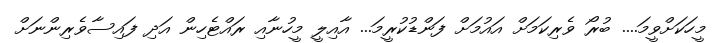
މީހަކަށްވީމަ.... ބުރޯ ވެރިކަމަށް އައުމަށް ފަންޑުކުރީމަ... އާއިލީ މީހުނާއި ރައްޓެހިން އަދި ފައިސާވެރިންނަށް